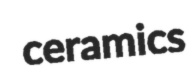
ceramics